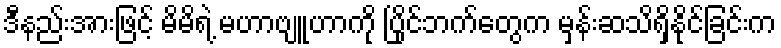
ဒီနည်းအားဖြင့် မိမိရဲ့ မဟာဗျူဟာကို ပြိုင်ဘက်တွေက မှန်းဆသိရှိနိုင်ခြင်းက